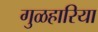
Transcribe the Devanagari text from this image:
गुळहारिया